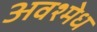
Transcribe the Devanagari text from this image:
अवश्मेध